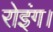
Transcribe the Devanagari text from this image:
रोइंग।